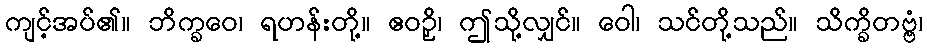
ကျင့်အပ်၏။ ဘိက္ခဝေ၊ ရဟန်းတို့။ ဧဝဉှိ၊ ဤသို့လျှင်။ ဝေါ၊ သင်တို့သည်။ သိက္ခိတဗ္ဗံ၊